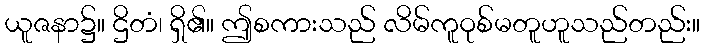
ယူဇနာ၌။ ဌိတံ၊ ရှိ၏။ ဤစကားသည် လိမ်ကူဝုစ်မတူဟူသည်တည်း။